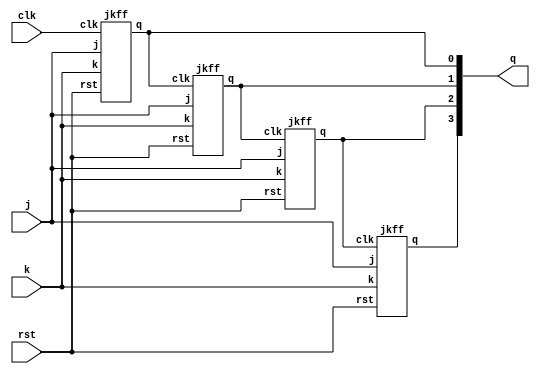
module async_count (
    input j, k, clk, rst, output [3:0] q
);
    jkff j1(j, k, clk, rst, q[0]);
    jkff j2(j, k, q[0], rst, q[1]);
    jkff j3(j, k, q[1], rst, q[2]);
    jkff j4(j, k, q[2], rst, q[3]);
endmodule

module jkff (
    input j, k, clk, rst, output reg q
);
    always@(posedge clk) begin
        if(rst)
        q <= 1'b0;
        else begin
            case ({j, k})
                2'b00 : q <= q;
                2'b01 : q <= 1'b0;
                2'b10 : q <= 1'b1;
                2'b11 : q <= ~q; 
                default: begin
                    
                end
            endcase
        end
    end
endmodule